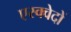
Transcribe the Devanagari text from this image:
एस्क्वेदों